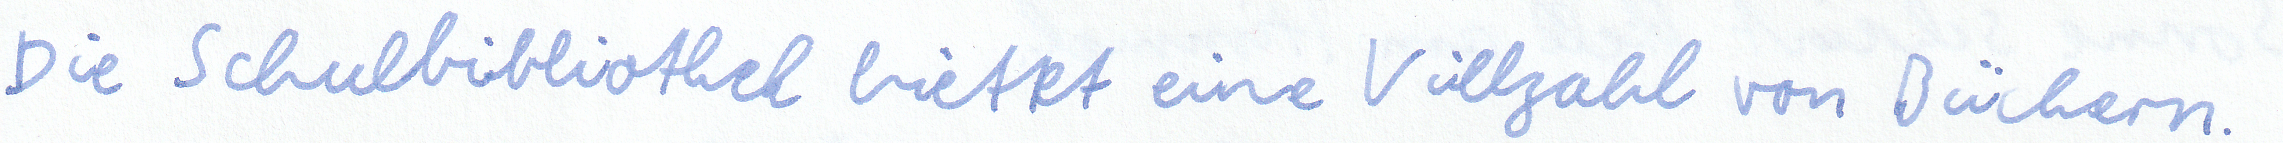
Die Schulbibliothek bietet eine Vielzahl von Büchern.